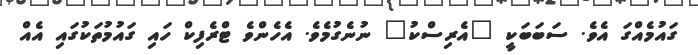
ގައުމެއްގަ އެވެ. ސަބަބަކީ "އެރިސްކު" ނުނެގުމެވެ. އެހެންވެ ޓްރެފިކް ހައި ގައުމުތަކުގައި އެއް